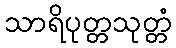
သာရိပုတ္တသုတ္တံ